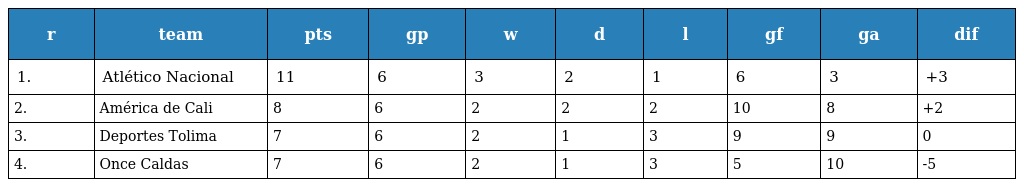
| r | team | pts | gp | w | d | l | gf | ga | dif |
 | --- | --- | --- | --- | --- | --- | --- | --- | --- | --- |
 | 1. | Atlético Nacional | 11 | 6 | 3 | 2 | 1 | 6 | 3 | +3 |
 | 2. | América de Cali | 8 | 6 | 2 | 2 | 2 | 10 | 8 | +2 |
 | 3. | Deportes Tolima | 7 | 6 | 2 | 1 | 3 | 9 | 9 | 0 |
 | 4. | Once Caldas | 7 | 6 | 2 | 1 | 3 | 5 | 10 | -5 |